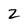
Character: 2